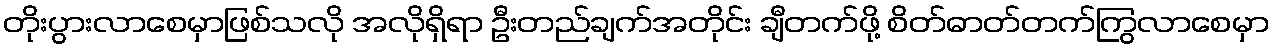
တိုးပွားလာစေမှာဖြစ်သလို အလိုရှိရာ ဦးတည်ချက်အတိုင်း ချီတက်ဖို့ စိတ်ဓာတ်တက်ကြွလာစေမှာ